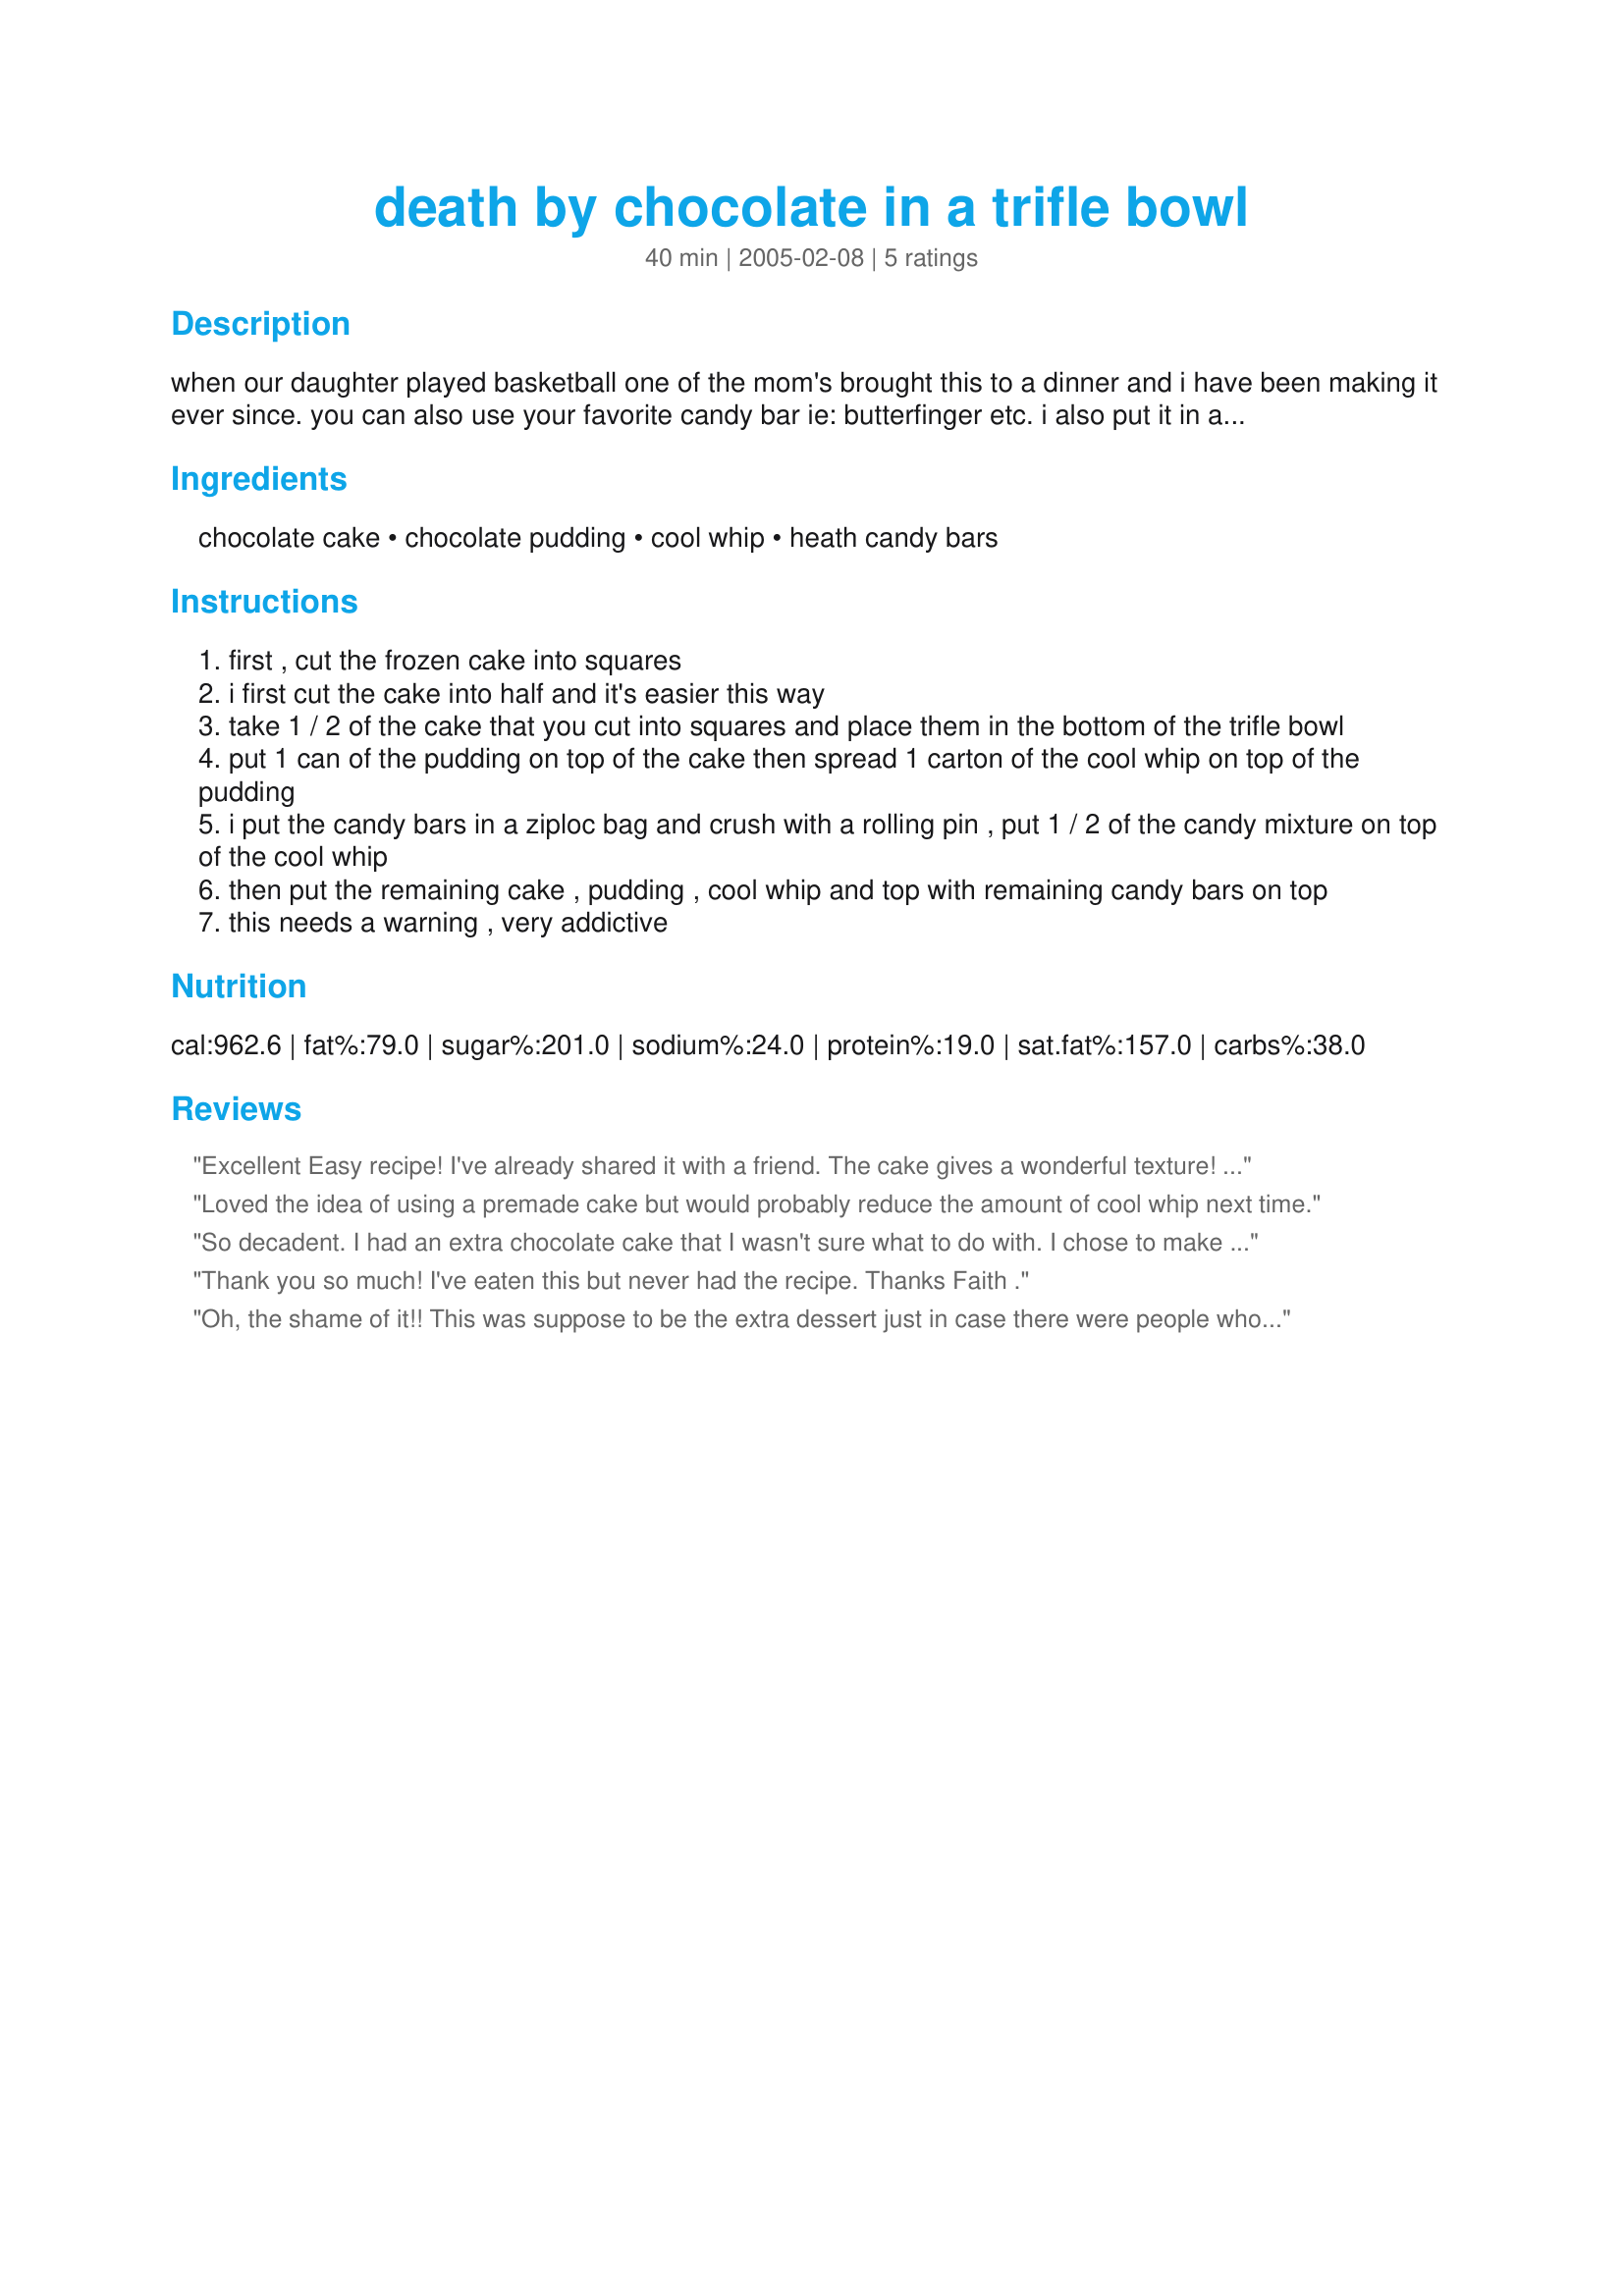
death by chocolate in a trifle bowl
Preparation time: 40 minutes

when our daughter played basketball one of the mom's brought this to a dinner and i have been making it ever since. you can also use your favorite candy bar ie: butterfinger etc. i also put it in a trifle bowl and it's the hit of the party.

Ingredients:
chocolate cake, chocolate pudding, cool whip, heath candy bars

Steps:
first , cut the frozen cake into squares
i first cut the cake into half and it's easier this way
take 1 / 2 of the cake that you cut into squares and place them in the bottom of the trifle bowl
put 1 can of the pudding on top of the cake then spread 1 carton of the cool whip on top of the pudding
i put the candy bars in a ziploc bag and crush with a rolling pin , put 1 / 2 of the candy mixture on top of the cool whip
then put the remaining cake , pudding , cool whip and top with remaining candy bars on top
this needs a warning , very addictive

Reviews:
Excellent Easy recipe! I've already shared it with a friend. The cake gives a wonderful texture! So glad I saw this on the Try it you'll like it thread!
Loved the idea of using a premade cake but would probably reduce the amount of cool whip next time.
So decadent. I had an extra chocolate cake that I wasn't sure what to do with. I chose to make your recipe and boy am I glad I did. The heath bar puts it over the top. Thank you for sharing with us.
Thank you so much! I've eaten this but never had the recipe. Thanks Faith .
Oh, the shame of it!! This was suppose to be the extra dessert just in case there were people who did not like the type of pies I baked! Well, there was plently of pie left over because after someone had the first bite of this trifle, a scream was heard throughout the house. A commotion ensued and the outcome was everybody making a dive for the trifle. They even put it right over the pie! This trifle made ANIMALS out of my guests! Maybe it was good...but what about my pies? Do I sound whiny...sorry. Yes, I have to admit I liked it also. I did have to make one major change; could not find Pepperidge Farms cake and my store said they don't make that anymore. Well I wound up buying some Claimjumpers frozen Chocolate Motherload Cake.This cake also had nuts so that added to this great trifle. Thank you so much for posting this delight.
